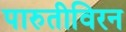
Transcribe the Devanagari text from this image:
पारुतीविरन